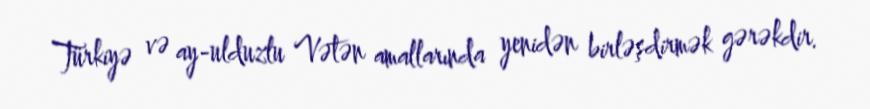
Türkiyə və ay-ulduzlu Vətən amallarında yenidən birləşdirmək gərəkdir.